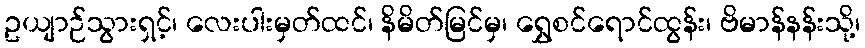
ဥယျာဉ်သွားရှင့်၊ လေးပါးမှတ်ထင်၊ နိမိတ်မြင်မှ၊ ရွှေစင်ရောင်ထွန်း၊ ဗိမာန်နန်းသို့၊